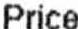
PRICE